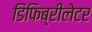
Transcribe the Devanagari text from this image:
डिफिब्रीलेटर